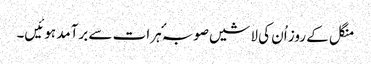
منگل کے روز اُن کی لاشیں صوبہٴ ہرات سے برآمد ہوئیں۔